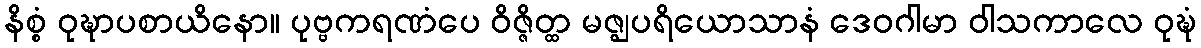
နိစ္စံ ဝုဍ္ဎာပစာယိနော။ ပုဗ္ဗကရဏံပေ ဝိဇ္ဇိတ္ထ မဇ္ဈပရိယောသာနံ ဒေဝဂါမာ ဝါသကာလေ ဝုဍ္ဎံ